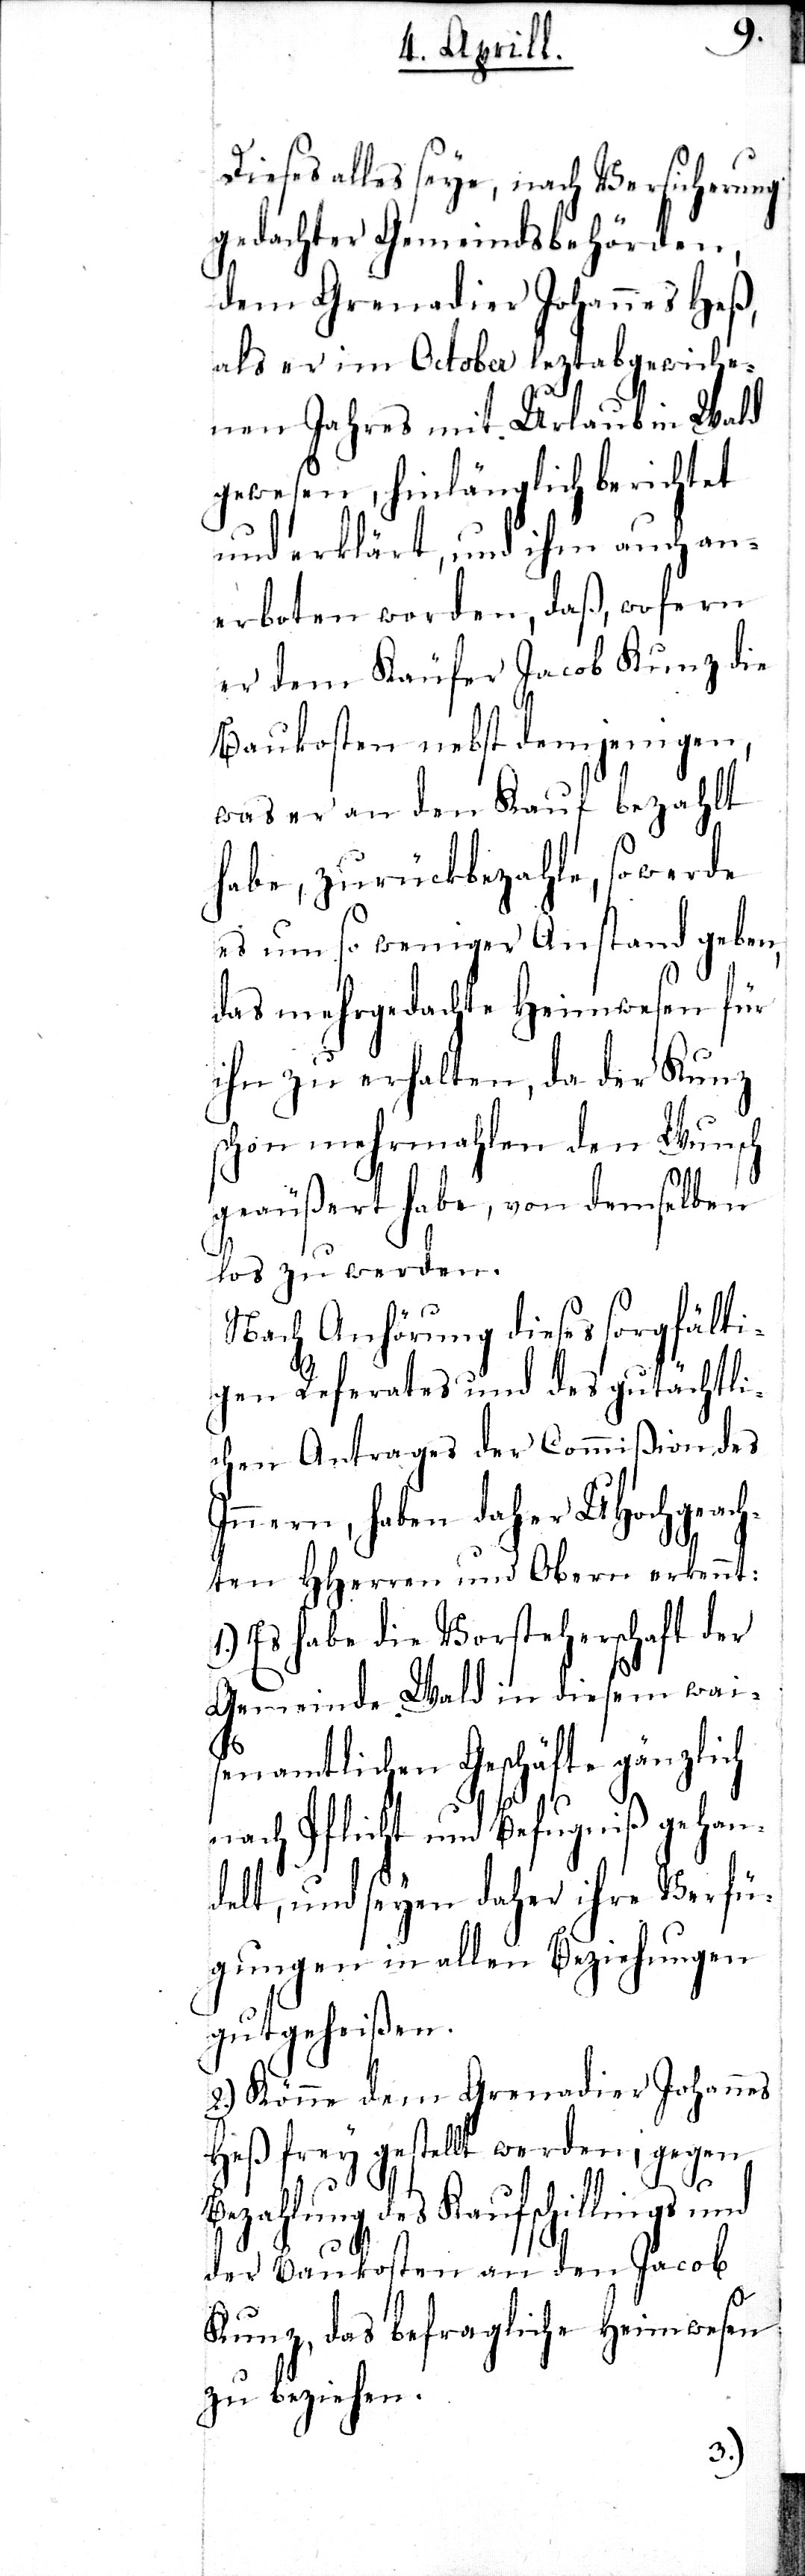
Dieses alles seye, nach Versicherung
gedachter Gemeindsbehörden,
dem Grenadier Johannes Heß,
als er im October leztabgewiche¬
nen Jahres mit Urlaub in Wald
gewesen, hinlänglich berichtet
und erklärt, und ihm auch an¬
erboten worden, daß
er dem Käufer Jacob Künzli die
Baukosten nebst demjenigen,
was er an den Kauf bezahlt
habe, zurückbezahle, so werde
es um so weniger Anstand geben,
das mehrgedachte Heimwesen für
ihn zu erhalten, da der Kunz
schon mehrmahlen den Wunsch
geäußert habe, von demselben
los zu werden.
Nach Anhörung dieses sorgfälti¬
gen Referates und des gutächtli¬
chen Antrages der Commißion des
Innern, haben daher UHochgeach¬
ten HHerren und Obern erkannt:
1.) Es habe die Vorsteherschaft der
Gemeinde Wald in diesem wai¬
senamtlichen Geschäfte gänzlich
nach Pflicht und Befugniß gehan¬
delt, und seyen daher ihre Verfü¬
gungen in allen Beziehungen
gutgeheißen.
2.) Könne dem Grenadier Johannes
Heß frey gestellt werden, gegen
Bezahlung des Kaufschillings und
der Baukosten an den Jacob
Kunz, das befragliche Heimwesen
zu beziehen.